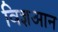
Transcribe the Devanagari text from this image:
विज्ञआन